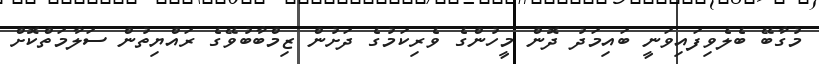
މުގާބޭ ބެލެވިފައިވަނީ ބައިމަދު ދޮން މީހުންގެ ވެރިކަމުގެ ދަށުން ޒިމްބާބުވޭގެ ރައްޔިތުން ސަލާމަތްކޮށް